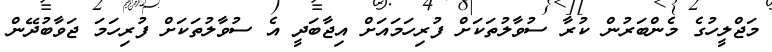
މަޖްލީހުގެ މެންބަރުން ކުރާ ސުވާލުތަކަށް ފުރިހަމައަށް އިޖާބަދީ އެ ސުވާލުތަކަށް ފުރިހަމަ ޖަވާބުދޭން